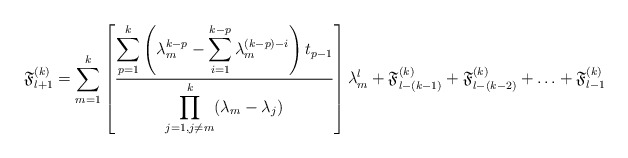
\begin{align*}\mathfrak{F}_{l+1}^{(k)} = \displaystyle\sum_{m=1}^{k} \left[\frac{\displaystyle\sum_{p=1}^{k}\left(\lambda_m^{k-p}-\displaystyle\sum_{i=1}^{k-p}\lambda_m^{(k-p)-i}\right)t_{p-1}}{\displaystyle \prod_{j=1, j\neq m}^{k}(\lambda_m - \lambda_j)} \right] \lambda_m^l +\mathfrak{F}_{l-(k-1)}^{(k)}+\mathfrak{F}_{l-(k-2)}^{(k)}+ \ldots +\mathfrak{F}_{l-1}^{(k)}\end{align*}